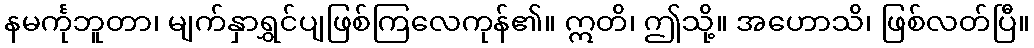
နမင်္ကုဘူတာ၊ မျက်နှာရွှင်ပျဖြစ်ကြလေကုန်၏။ ဣတိ၊ ဤသို့။ အဟောသိ၊ ဖြစ်လတ်ပြီ။